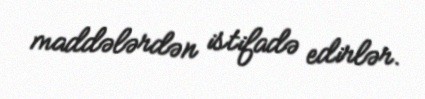
maddələrdən istifadə edirlər.